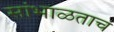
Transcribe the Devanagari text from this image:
सांभाळताच